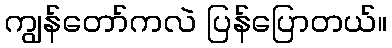
ကျွန်တော်ကလဲ ပြန်ပြောတယ်။